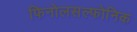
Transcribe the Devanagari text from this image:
फिनोलसल्फोनिक